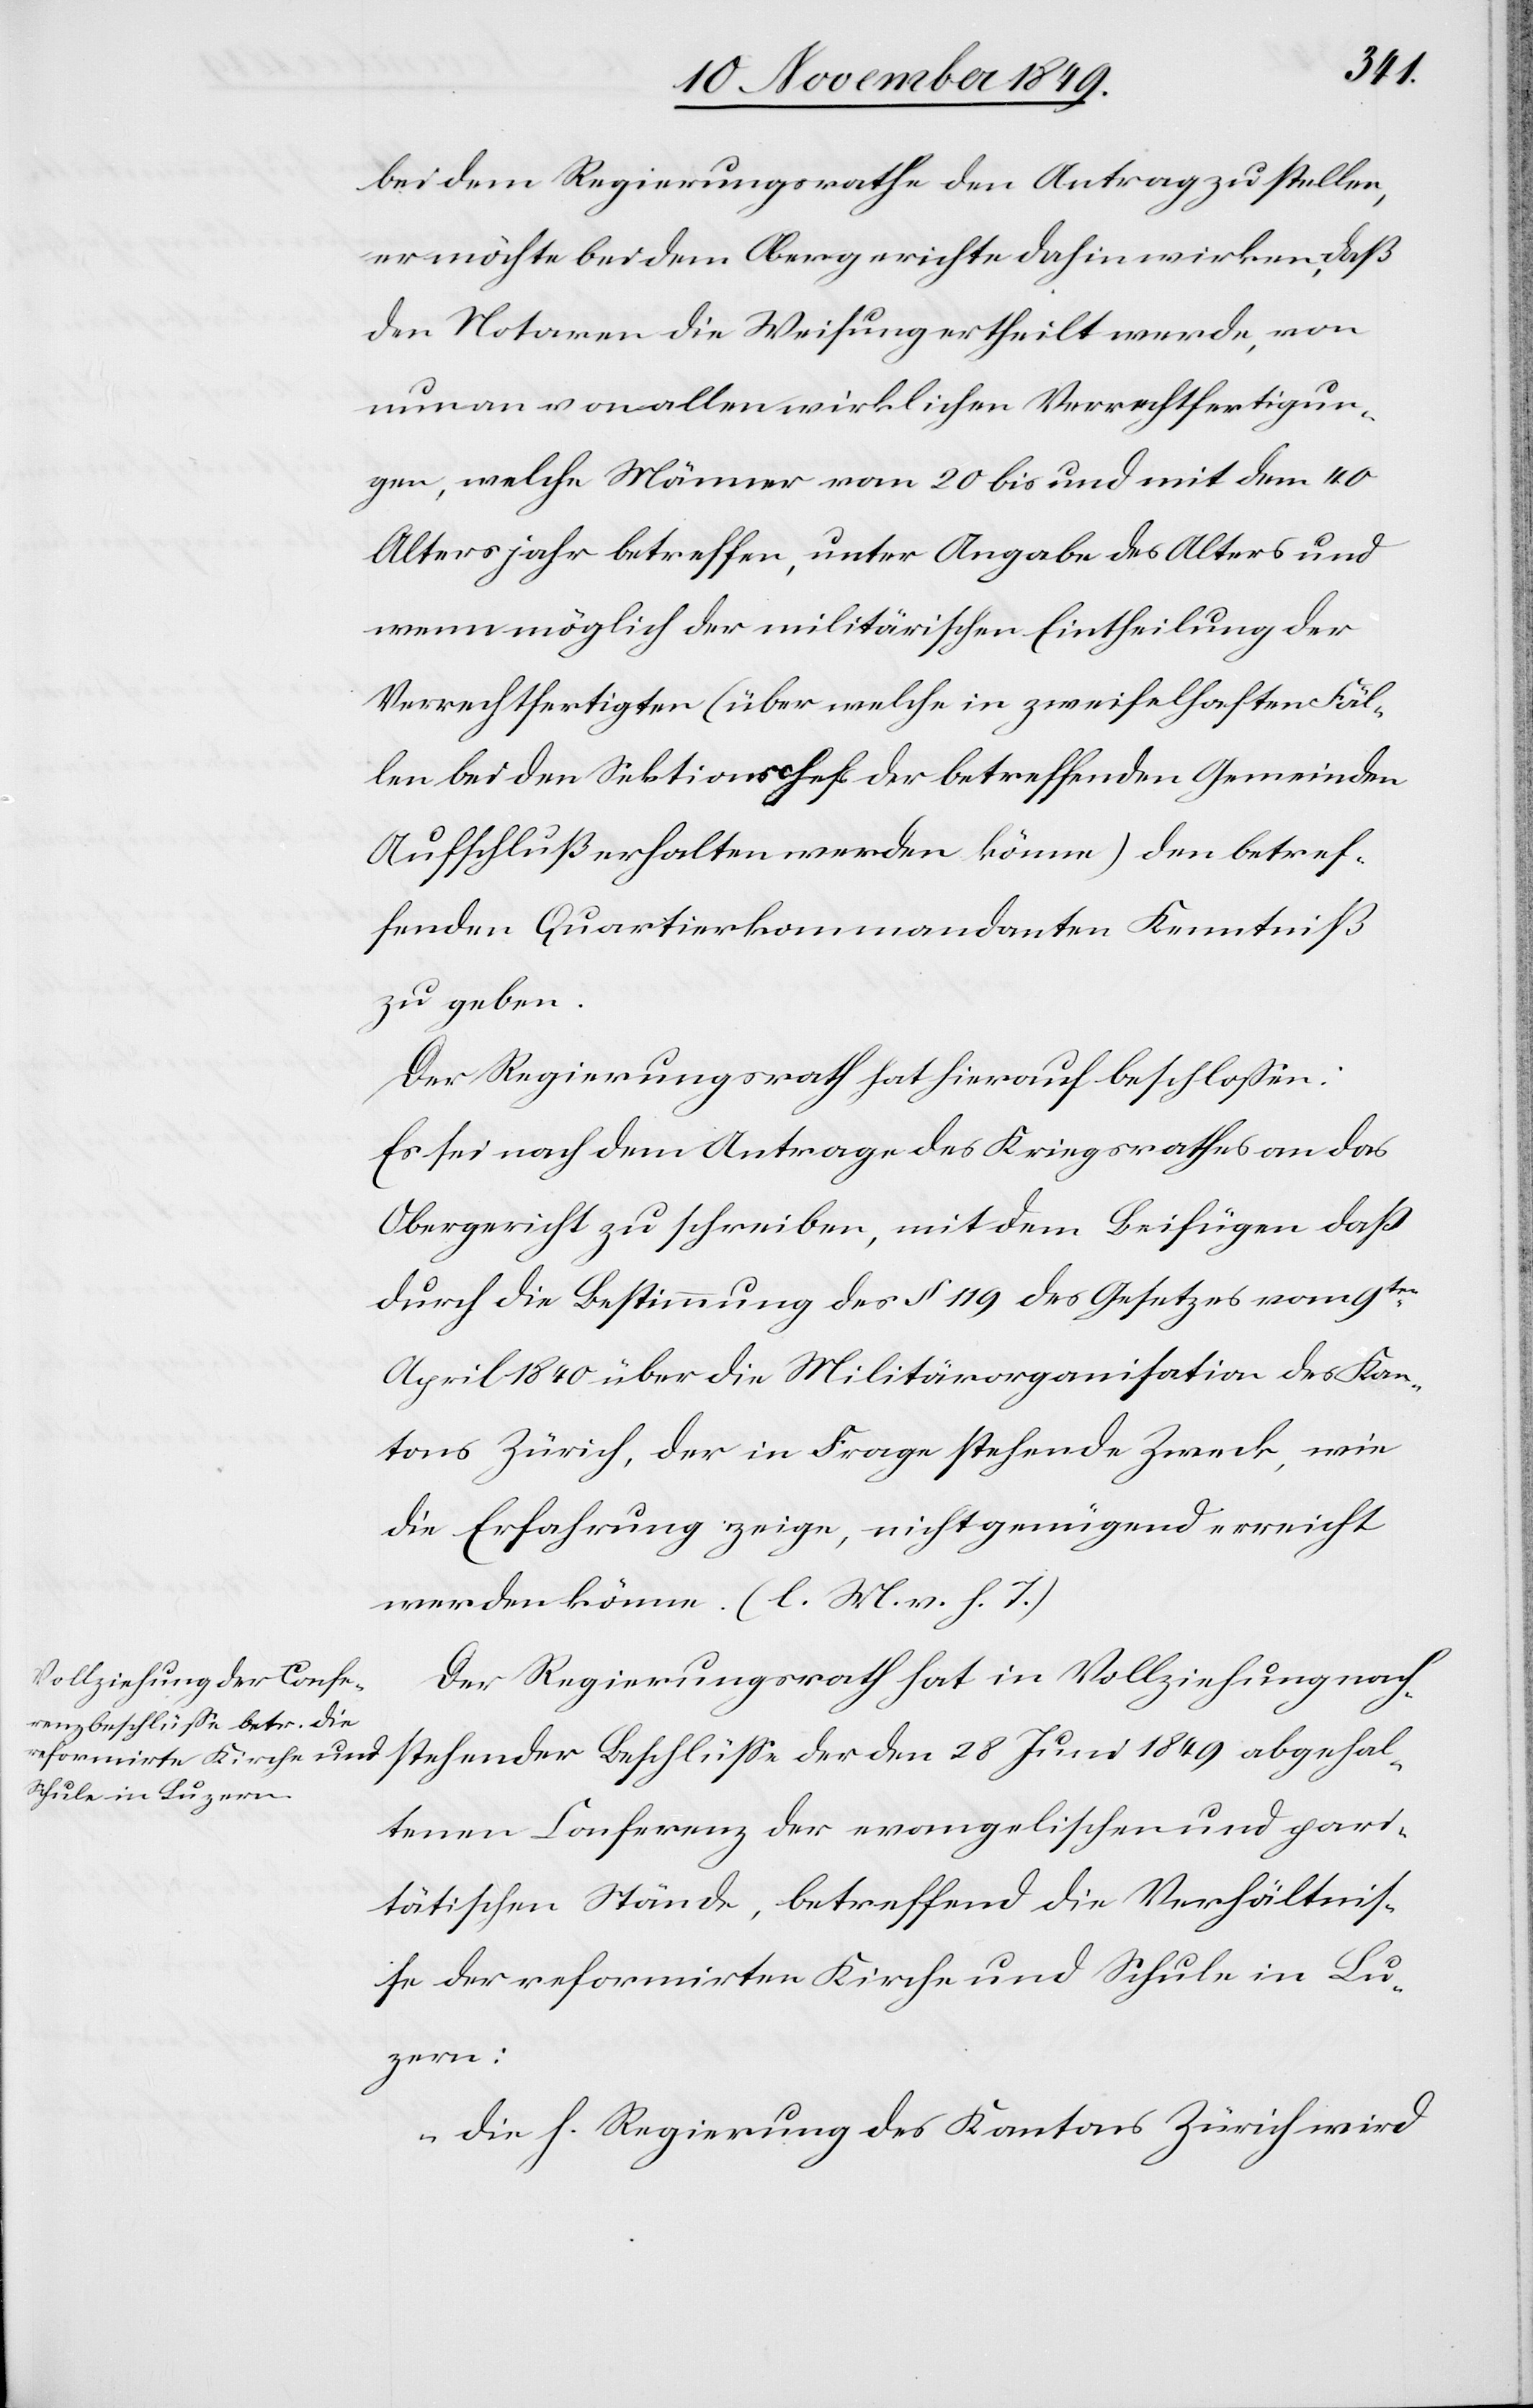
abgehal¬
bei dem Regierungsrathe den Antrag zu stellen,
er möchte bei dem Obergerichte dahin wirken, daß
den Notaren die Weisung ertheilt werde, von
nun an von allen wirklichen Verrechtfertigun¬
gen ,welche Männer vom 20 bis 40 Altersjahr
wenn möglich der militärischen Eintheilung der
Verrechtfertigten (über welche in zweifelhaften Fäl¬
len bei den Sektionschefs der betreffenden Gemeinden
Aufschluß erhalten werden könne) den betref¬
fenden Quartierkommandanten Kenntniß
zu geben.
Der Regierungsrath hat hierauf beschloßen:
Es sei nach dem Antrage des Kriegsrathes an das
Obergericht zu schreiben, mit dem Beifügen daß
durch die Bestimmung des § 119 des Gesetzes vom 9ten
April 1840 über die Militärorganisation des Kan¬
tons Zürich, der in Frage stehende Zweck, wie
die Erfahrung zeige, nicht genügend erreicht
werden könne. [l. M. v. h. T]
Der Regierungsrath hat in Vollziehung nach¬
tenen Conferenz der evangelischen und pari¬
tätischen Stände, betreffend die Verhältniß¬
e der reformirten Kirche und Schule in Lu¬
zern:
„Die h. Regierung des Kantons Zürich wird